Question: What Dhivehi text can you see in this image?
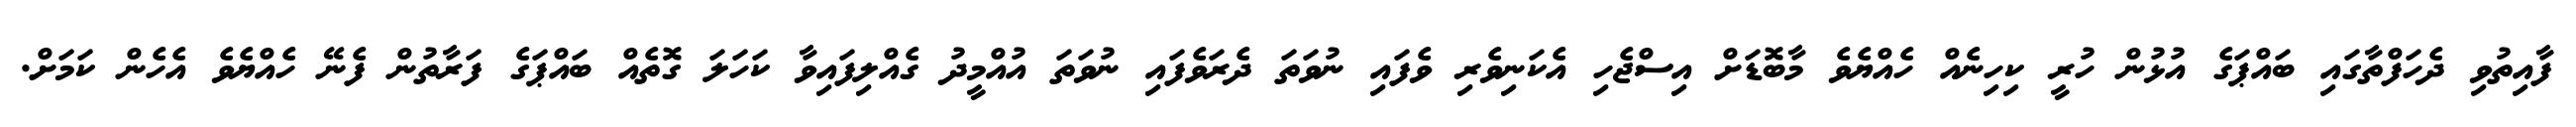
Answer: ފާއިތުވި ދެހަފްތާގައި ބައްޕަގެ އުޅުން ހުރީ ކިހިނެއް ހެއްޔެވެ މާބޮޑަށް އިސްޖެހި އެކަނިވެރި ވެފައި ނުވަތަ ދެރަވެފައި ނުވަތަ އުއްމީދު ގެއްލިފައިވާ ކަހަލަ ގޮތެއް ބައްޕަގެ ފަރާތުން ފެނޭ ހެއްޔެވެ އެހެން ކަމަށް.